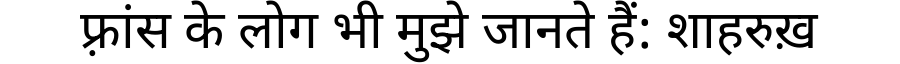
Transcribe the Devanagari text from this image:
फ़्रांस के लोग भी मुझे जानते हैं: शाहरुख़